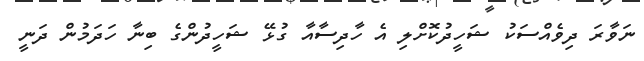
ނަވާރަ ދިވެއްސަކު ޝަހީދުކޮށްލި އެ ހާދިސާއާ ގުޅޭ ޝަހީދުންގެ ބިނާ ހަދަމުން ދަނީ